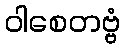
ဝါစေတဗ္ဗံ